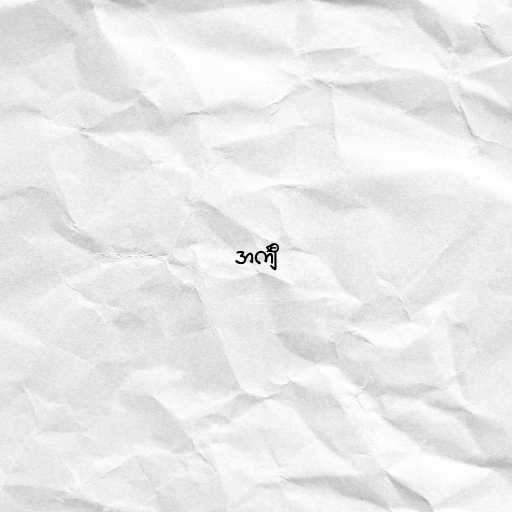
အင်္ကျီ